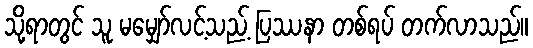
သို့ရာတွင် သူ မမျှော်လင့်သည့် ပြဿနာ တစ်ရပ် တက်လာသည်။